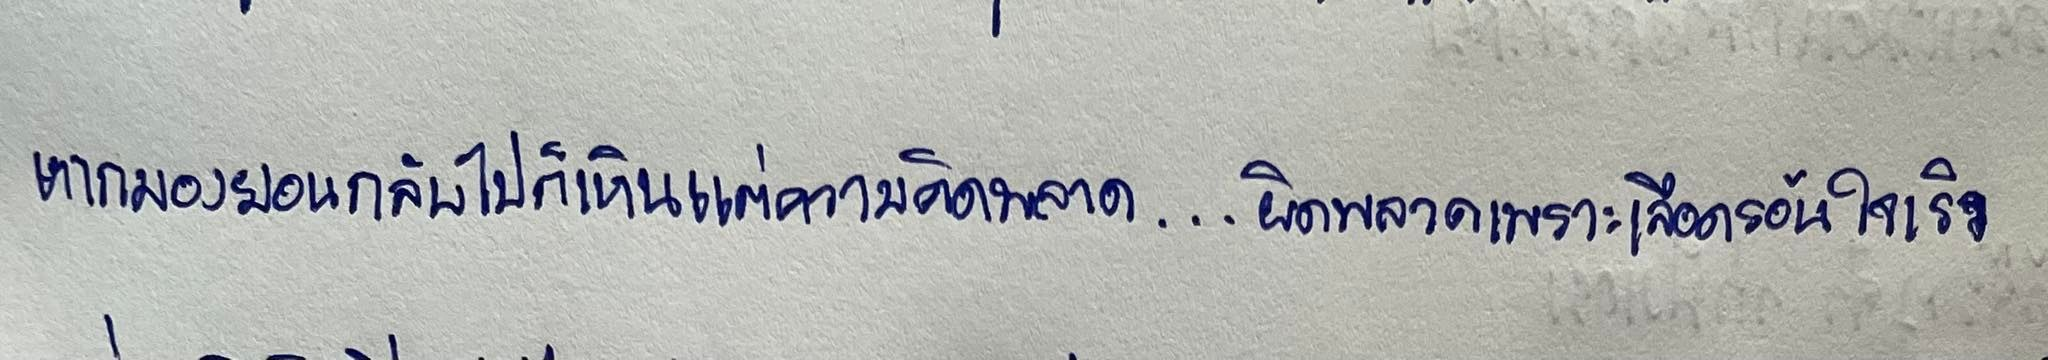
หากมองย้อนกลับไปก็เห็นแต่ความคิดพลาด...ผิดพลาดเพราะเลือดร้อนใจเร็ว